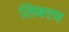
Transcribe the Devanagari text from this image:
लिबरण